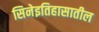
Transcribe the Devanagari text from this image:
सिनेइतिहासातील